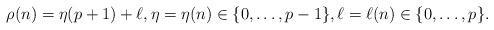
LaTeX: \begin{align*}\rho(n)=\eta(p+1)+\ell,\eta=\eta(n)\in\{0,\ldots,p-1\},\ell=\ell(n)\in\{0,\ldots,p\}.\end{align*}